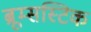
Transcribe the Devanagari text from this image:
ब्रूम्सस्टिक